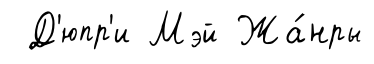
Д'юпр'и Мэй Жа́нры